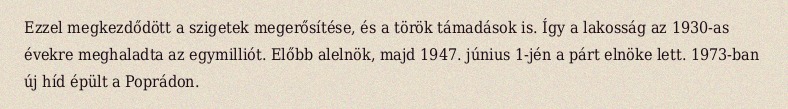
Ezzel megkezdődött a szigetek megerősítése, és a török támadások is. Így a lakosság az 1930-as évekre meghaladta az egymilliót. Előbb alelnök, majd 1947. június 1-jén a párt elnöke lett. 1973-ban új híd épült a Poprádon.